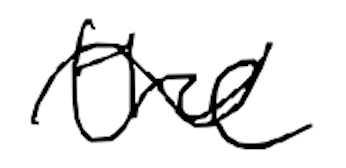
Text: the
Cross-out: mix
Writing tool: digital_black